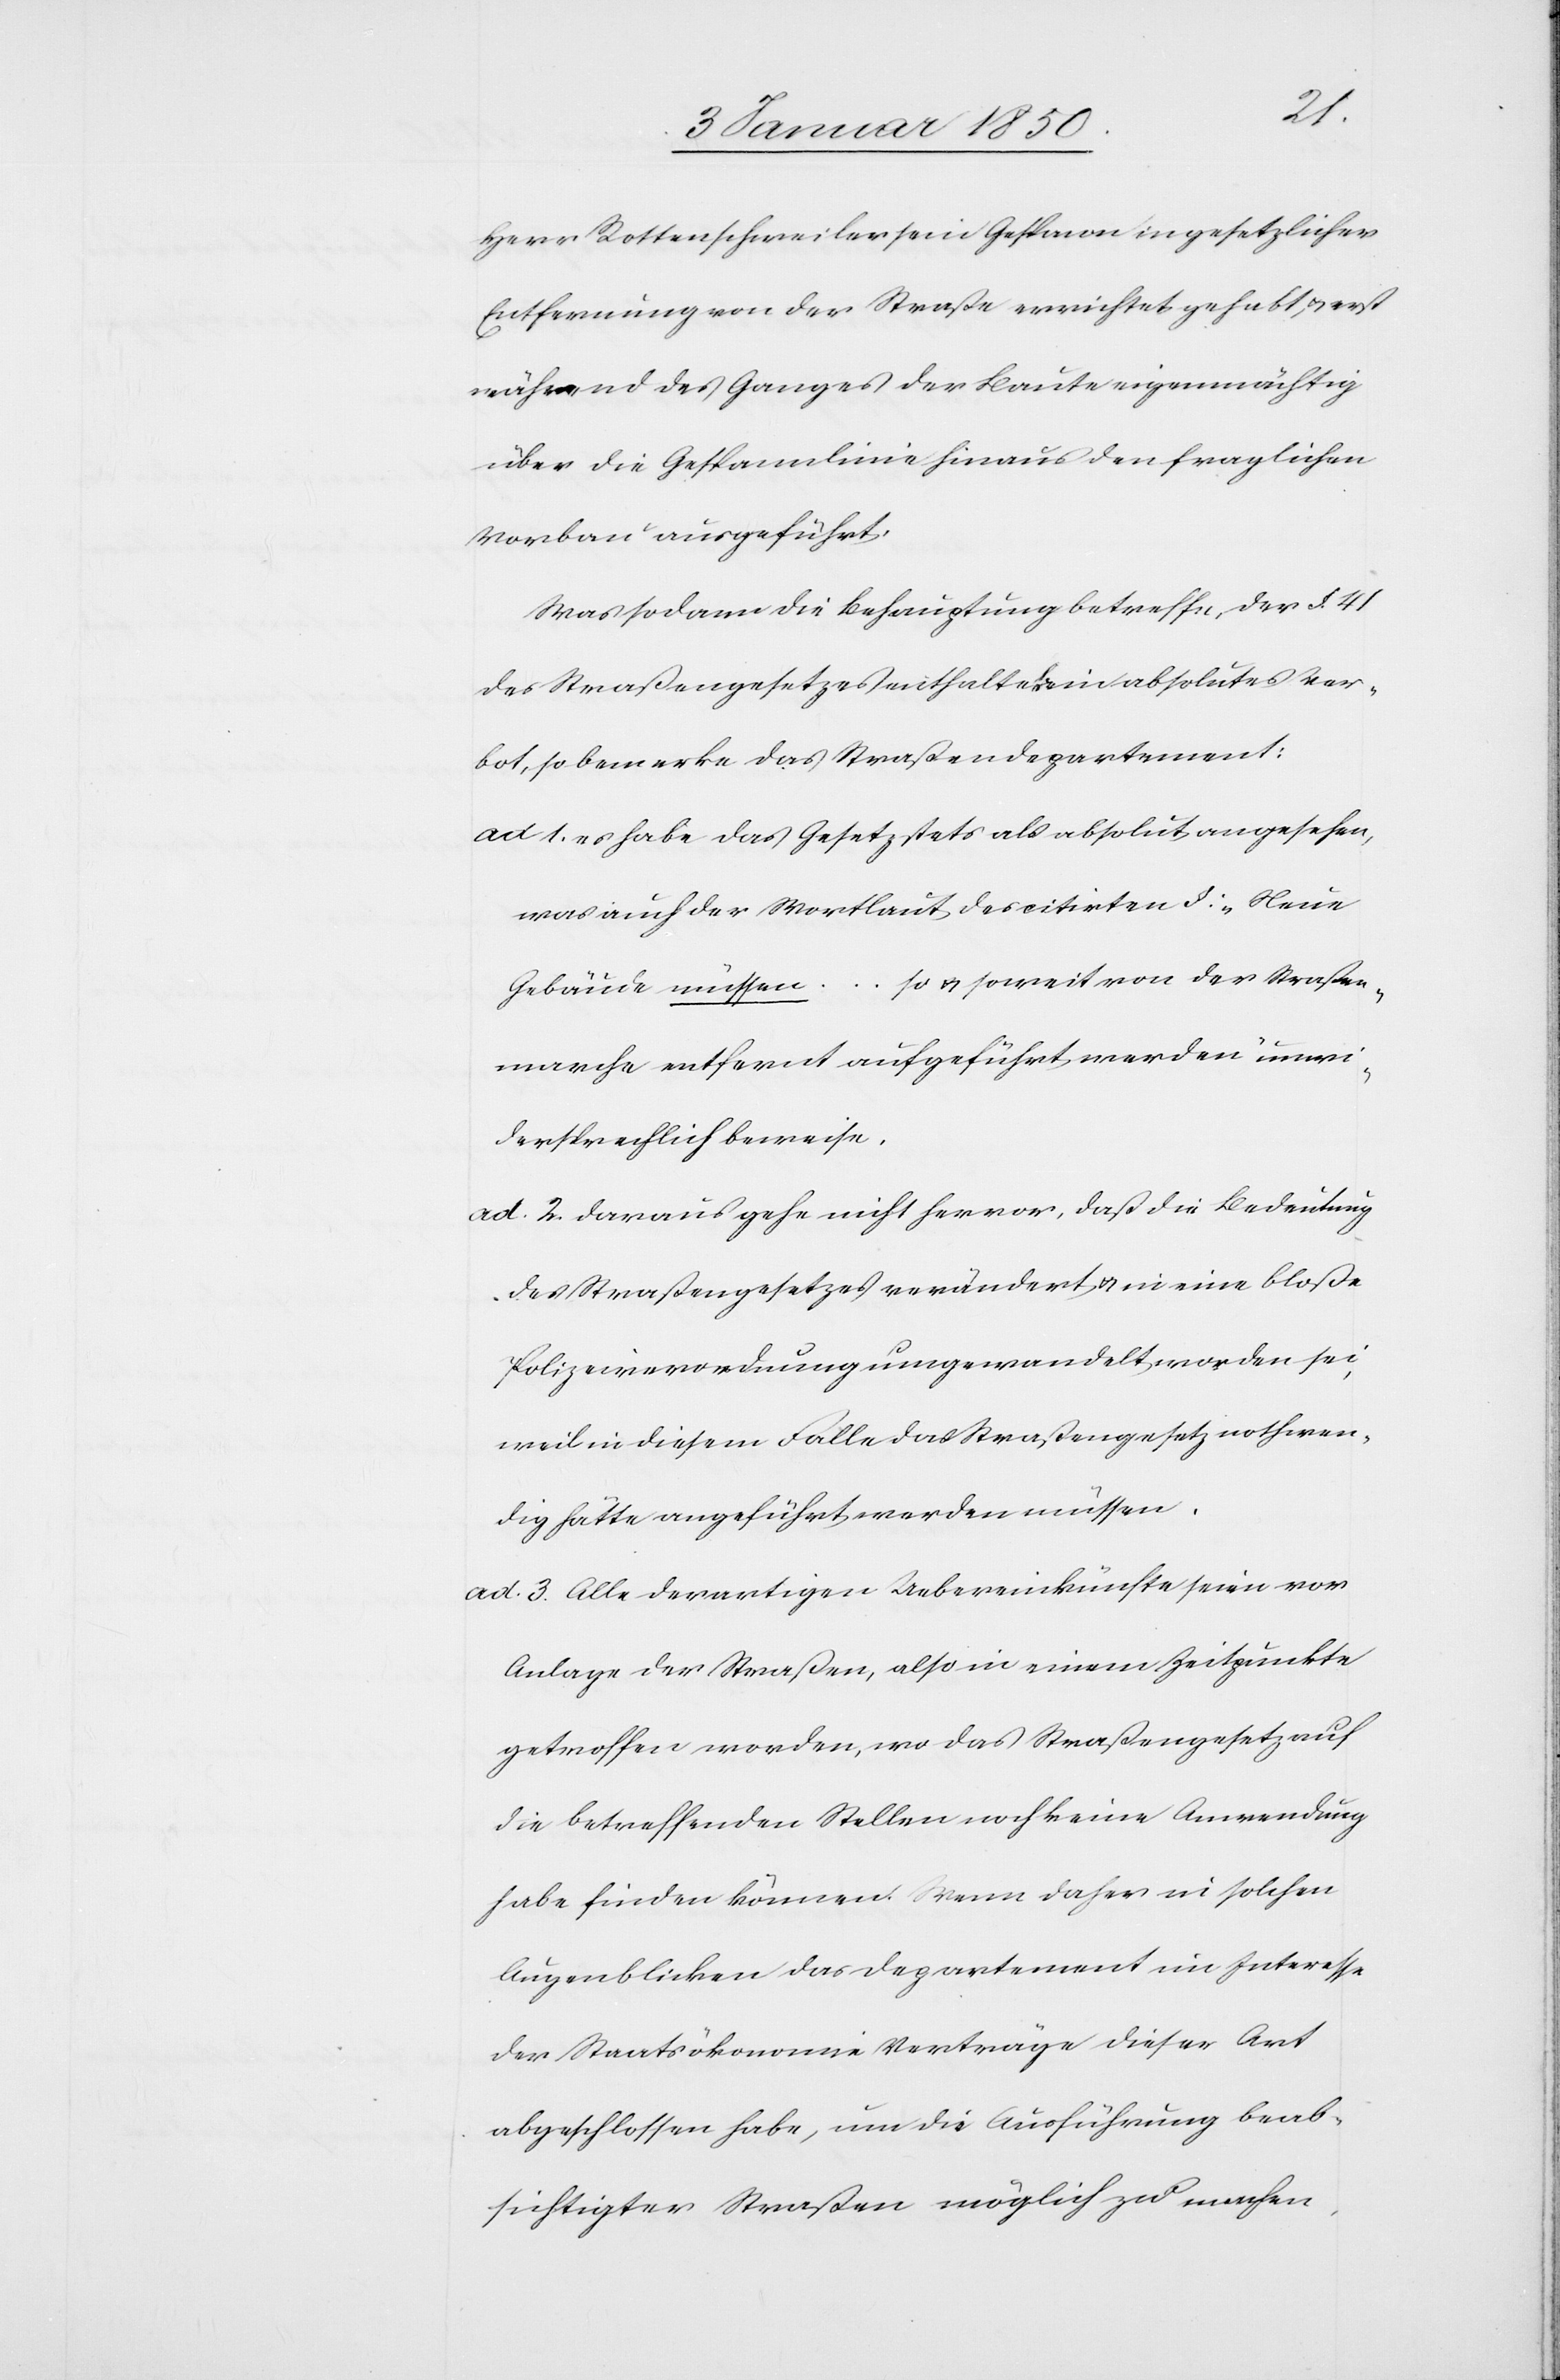
Herr Rottenschweiler sein Gespann in gesetzlicher
Entfernung von der Straße errichtet gehabt, u. erst
während des Ganges der Baute eigenmächtig
über die Gespannlinie hinaus den fraglichen
Vorbau ausgeführt.
Was sodann die Behauptung betreffe, der § 41
des Straßengesetzes enthalte kein absolutes Ver¬
bot, so bemerke das Straßendepartement:
ad 1. es habe das Gesetz stets als absolut angesehen,
was auch der Wortlaut des citirten §: „Neue
Gebäude müssen … so u. soweit von der Straßen¬
marche entfernt aufgeführt werden“ unwi¬
dersprechlich beweise.
ad. 2. Daraus gehe nicht hervor, daß die Bedeutung
des Straßengesetzes verändert u. in eine bloße
Polizeiverordnung umgewandelt worden sei,
weil in diesem Falle das Straßengesetz nothwen¬
dig hätte angeführt werden müssen.
ad. 3. Alle derartigen Uebereinkünfte seien vor
Anlage der Straßen, also in einem Zeitpunkte
getroffen worden, wo das Straßengesetz auf
die betreffenden Stellen noch keine Anwendung
habe finden können. Wenn daher in solchen
Augenblicken das Departement im Interesse
der Staatsökonomie Verträge dieser Art
abgeschlossen habe, um die Ausführung beab¬
sichtigter Straßen möglich zu machen,